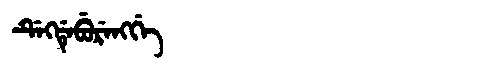
Manchu: ᡩᡝᡴᡩᡝᠪᡠᡵᡝᠩᡤᡝ
Romanization: DEKDEBURENGGE